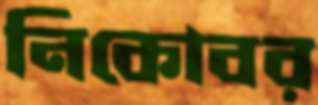
নিকোবর